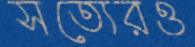
সত্যেরও